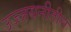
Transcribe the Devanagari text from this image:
उज्जयनीतील